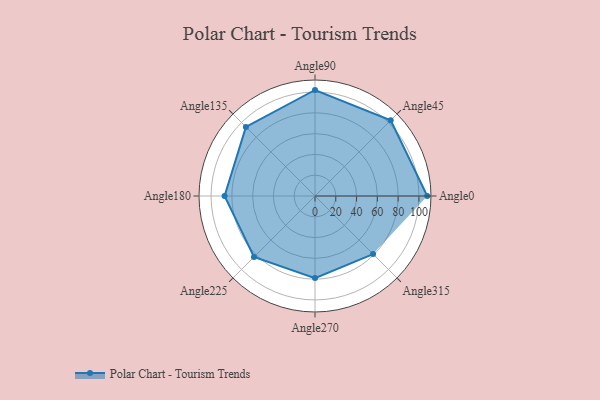
{"axis": {"x": "Angle", "y": "Radius"}, "legend": [""], "data": [{"x": "Angle0", "y": 108.0, "type": ""}, {"x": "Angle45", "y": 103.0, "type": ""}, {"x": "Angle90", "y": 102.0, "type": ""}, {"x": "Angle135", "y": 94.0, "type": ""}, {"x": "Angle180", "y": 87.0, "type": ""}, {"x": "Angle225", "y": 83.0, "type": ""}, {"x": "Angle270", "y": 79.0, "type": ""}, {"x": "Angle315", "y": 79.0, "type": ""}]}